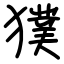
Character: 獛